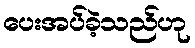
ပေးအပ်ခဲ့သည်ဟု